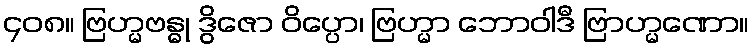
၄၀၈။ ဗြဟ္မဗန္ဓု ဒွိဇော ဝိပ္ပော၊ ဗြဟ္မာ ဘောဝါဒီ ဗြာဟ္မဏော။